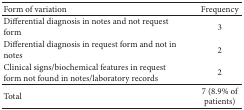
| Form of variation | Frequency |
 | --- | --- |
 | Differential diagnosis in notes and not request form | 3 |
 | Differential diagnosis in request form and not in notes | 2 |
 | Clinical signs/biochemical features in request form not found in notes/laboratory records | 2 |
 | Total | 7 (8.9% of patients) |